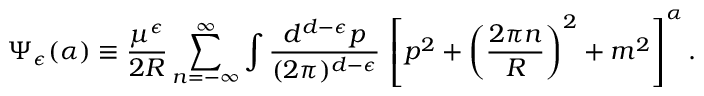
\Psi _ { \epsilon } ( \alpha ) \equiv \frac { \mu ^ { \epsilon } } { 2 R } \sum _ { n = - \infty } ^ { \infty } \int \frac { d ^ { d - \epsilon } p } { ( 2 \pi ) ^ { d - \epsilon } } \, \left[ p ^ { 2 } + \left( \frac { 2 \pi n } { R } \right) ^ { 2 } + m ^ { 2 } \right] ^ { \alpha } .